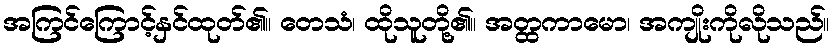
အကြင်ကြောင့်နှင်ထုတ်၏။ တေသံ၊ ထိုသူတို့၏။ အတ္ထကာမော၊ အကျိုးကိုလိုသည်။